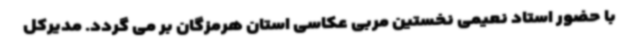
با حضور استاد نعیمی نخستین مربی عکاسی استان هرمزگان بر می گردد. مدیرکل